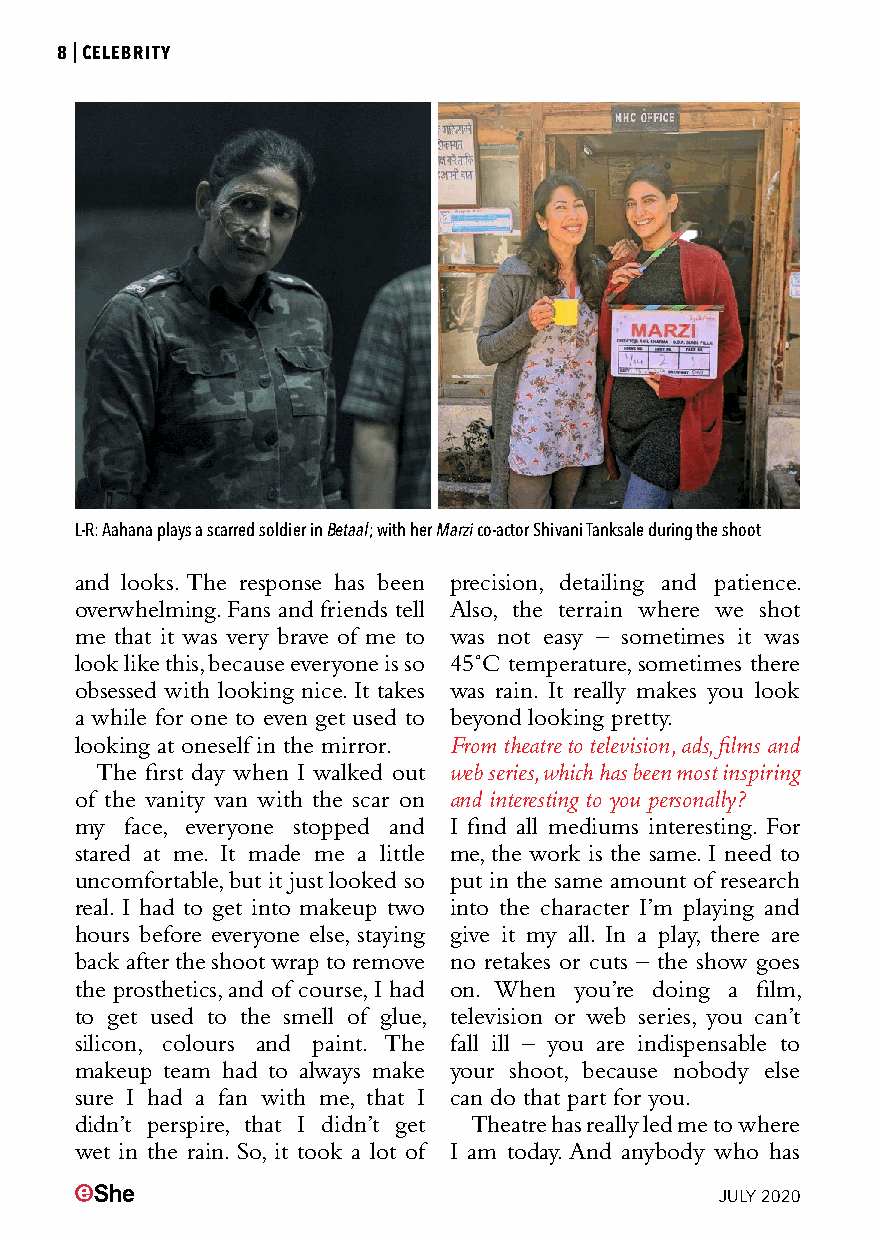
8|CELEBRITY
 L-R: Aahana plays a scarred soldier in Betaal; with her Marzi co-actor Shivani Tanksale during the shoot
 and looks. The response has been precision, detailing and patience.
 overwhelming. Fans and friends tell Also, the terrain where we shot
 me that it was very brave of me to was not easy – sometimes it was
 look like this, because everyone is so 45˚C temperature, sometimes there
 obsessed with looking nice. It takes was rain. It really makes you look
 a while for one to even get used to beyond looking pretty.
 looking at oneself in the mirror. From theatre to television, ads, films and
 The first day when I walked out web series, which has been most inspiring
 of the vanity van with the scar on and interesting to you personally?
 my face, everyone stopped and I find all mediums interesting. For
 stared at me. It made me a little me, the work is the same. I need to
 uncomfortable, but it just looked so put in the same amount of research
 real. I had to get into makeup two into the character I’m playing and
 hours before everyone else, staying give it my all. In a play, there are
 back after the shoot wrap to remove no retakes or cuts – the show goes
 the prosthetics, and of course, I had on. When you’re doing a film,
 to get used to the smell of glue, television or web series, you can’t
 silicon, colours and paint. The fall ill – you are indispensable to
 makeup team had to always make your shoot, because nobody else
 sure I had a fan with me, that I can do that part for you.
 didn’t perspire, that I didn’t get Theatre has really led me to where
 wet in the rain. So, it took a lot of I am today. And anybody who has
 JULY 2020